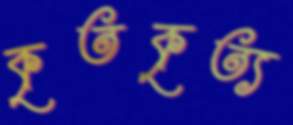
কৃতকৃত্য